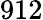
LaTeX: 912